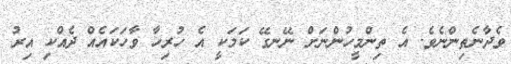
ވެދާނެތިންނެވެ. އެ ތިންމީހުންނަށް ނޭނގޭ ކަމަކީ އެ ހުރިހާ ވާހަކައެއް ދެއްކި އިރު